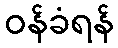
ဝန်ခံရန်